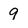
Character: 9